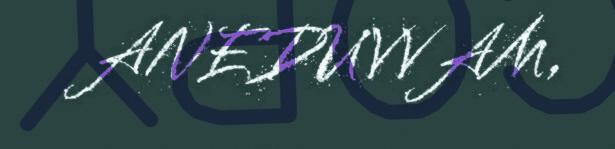
ANEDUVVAM,